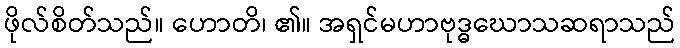
ဖိုလ်စိတ်သည်။ ဟောတိ၊ ၏။ အရှင်မဟာဗုဒ္ဓဃောသဆရာသည်